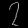
Digit: ၇